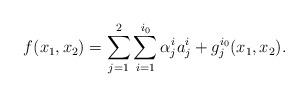
LaTeX: \begin{align*}f(x_1,x_2)=\sum_{j=1}^2\sum_{i=1}^{i_0} \alpha_j^i a_j^i+ g_j^{i_0}(x_1,x_2).\end{align*}